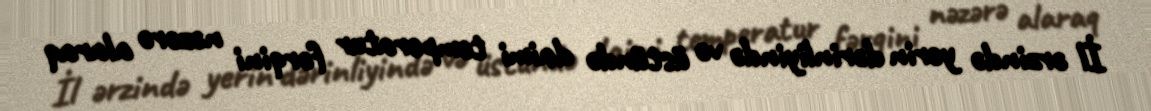
İl ərzində yerin dərinliyində və üstündə daimi temperatur fərqini nəzərə alaraq